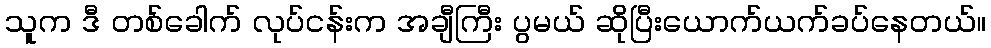
သူက ဒီ တစ်ခေါက် လုပ်ငန်းက အချီကြီး ပွမယ် ဆိုပြီးယောက်ယက်ခပ်နေတယ်။